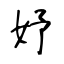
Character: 妤